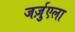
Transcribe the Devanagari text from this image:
जर्ज़ुएला